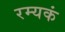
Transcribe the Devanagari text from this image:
रम्यकं